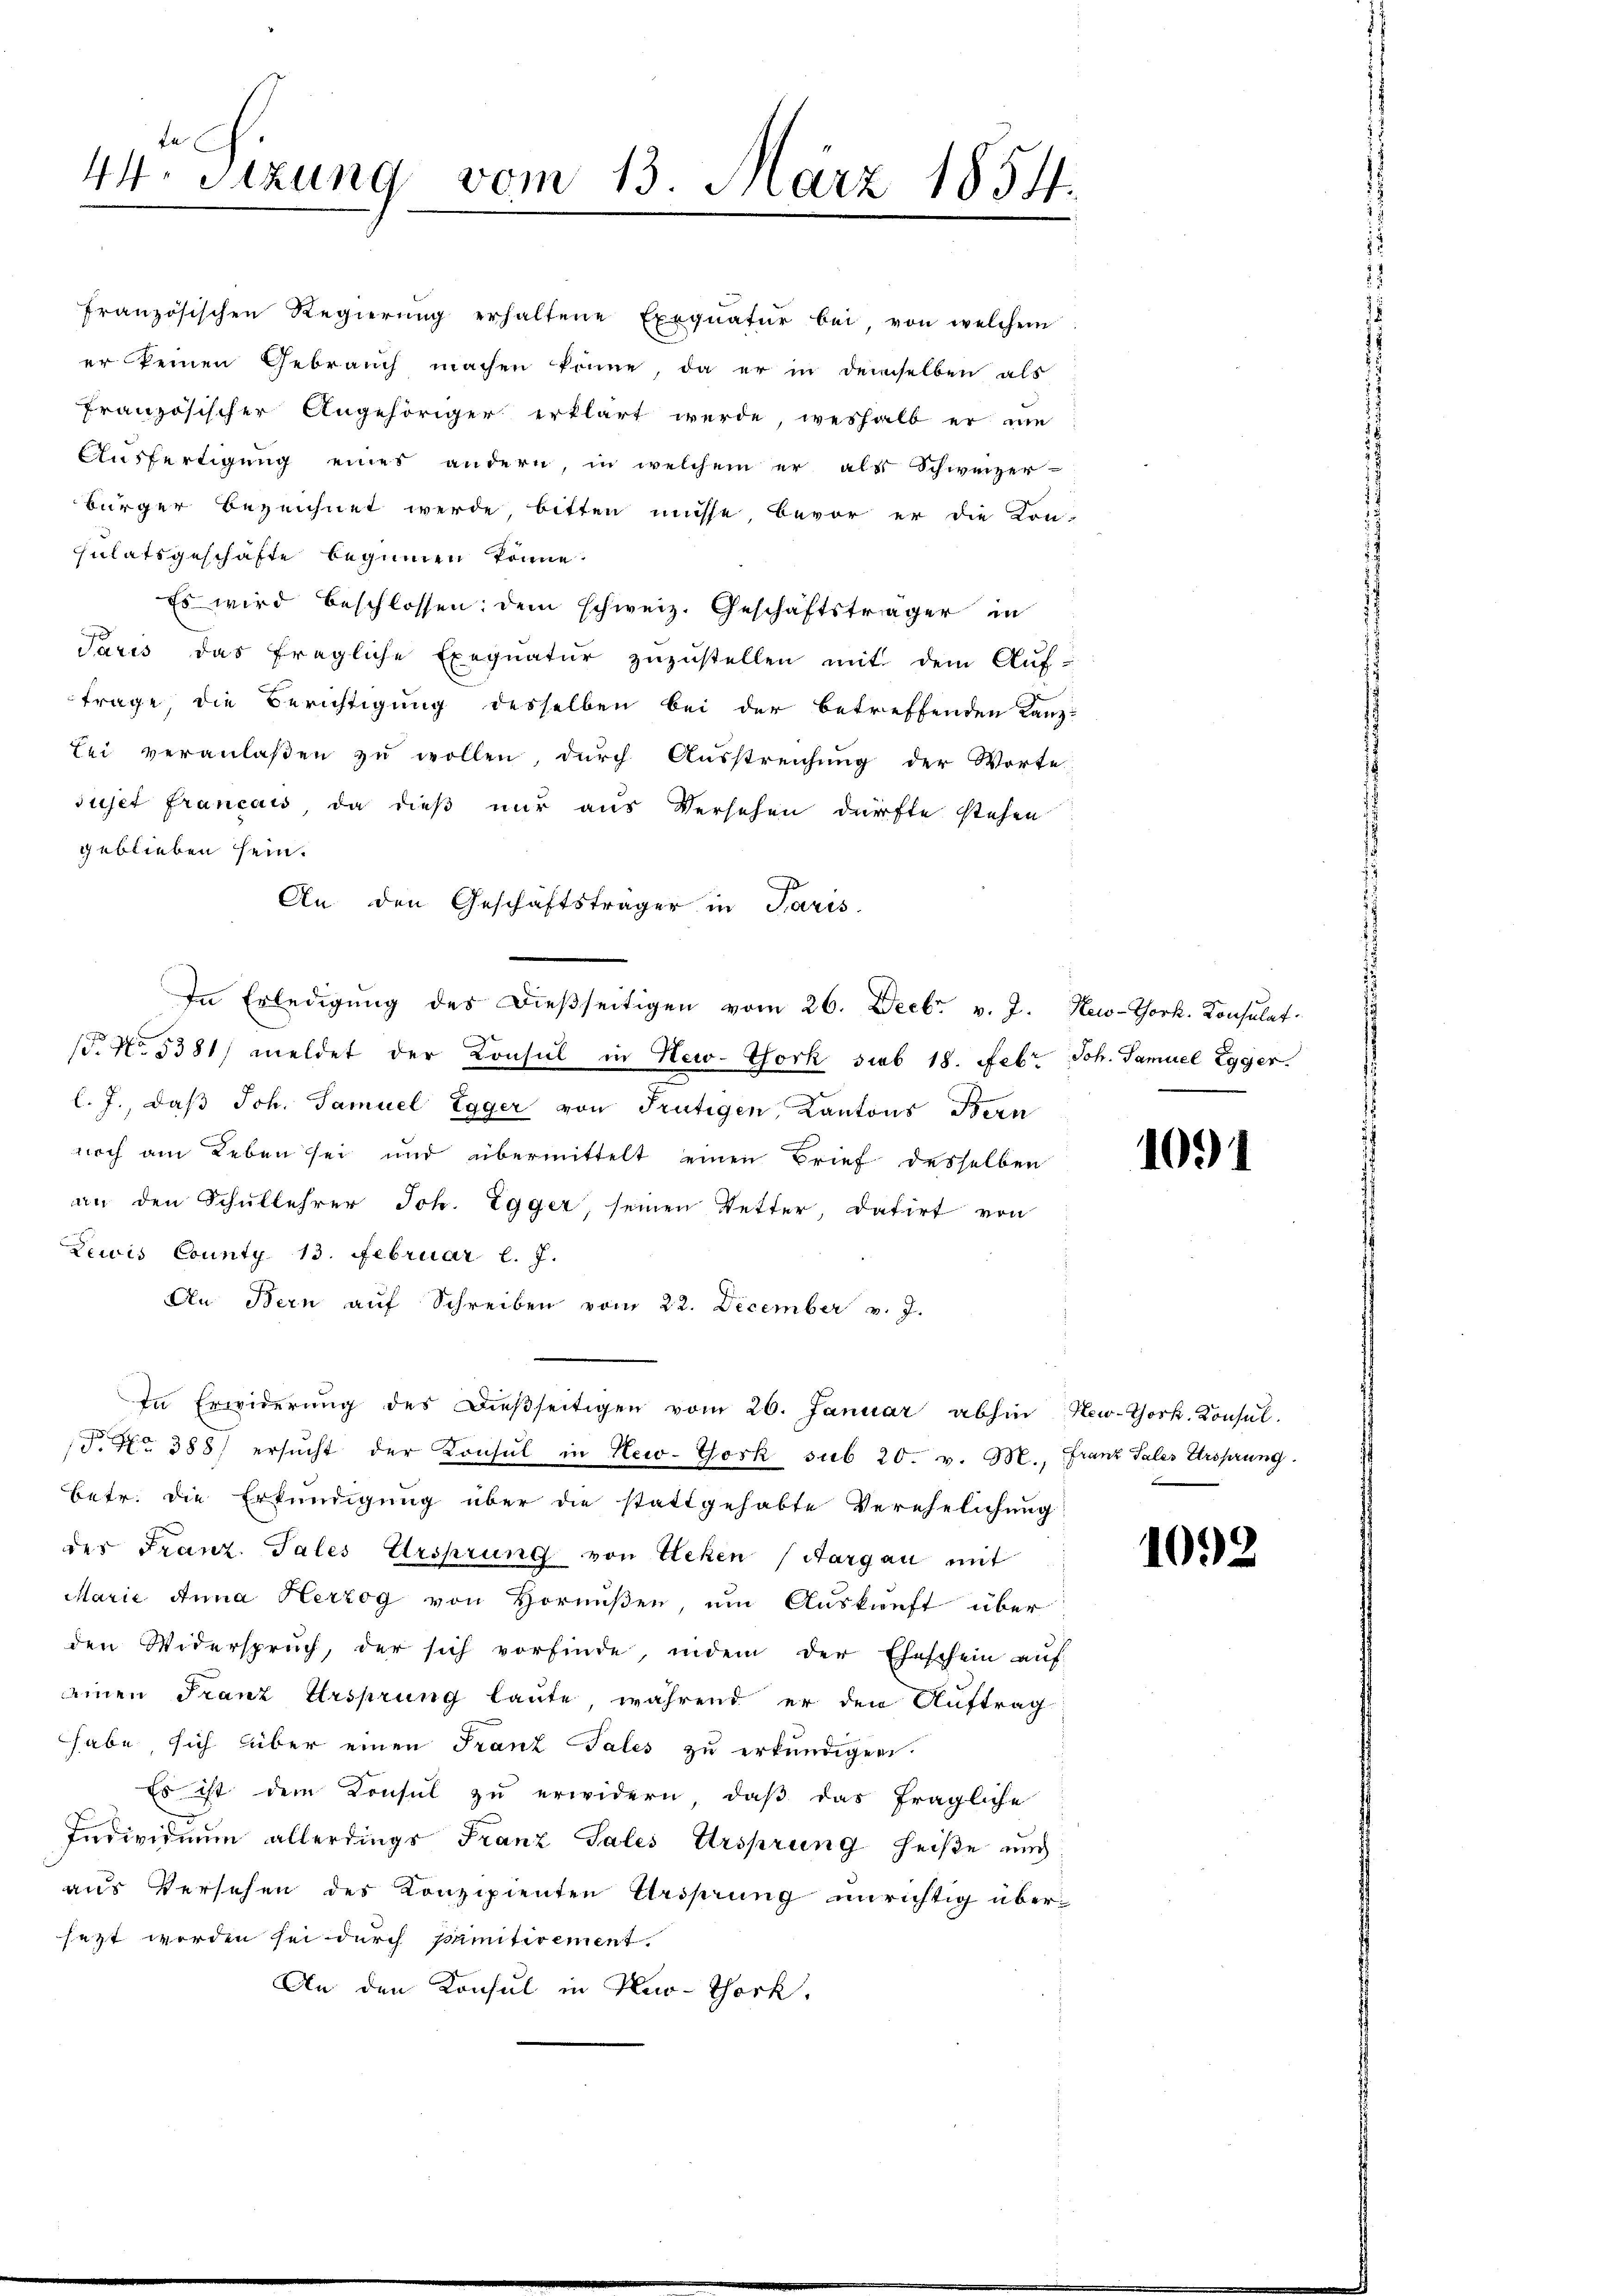
En
44. Sitzung vom 13. März 1854.

französischen Regierŭng erhaltene Exequatur bei, von welchem
er keinen Gebrauch machen könne, da er in demselben als
französischer Angehöriger erklärt werde, weshalb er nie
Ausfertigung eines andern, in welchem er als Schweizer-
bürger bezeichnet werde, bitten müsse, bevor er die Kon-
sulatsgeschäfte beginnen könne.
Es wird beschlossen; dem schweiz. Geschäftsträger in
Paris das fragliche Exequatur zuzustellen mit dem Auf-
frage, die Berichtigung desselben bei der betreffenden Kanz-
Sei veranlaßen zu wollen, durch Ausstreichung der Worte
sujet Francais, da dieß nur aus Versehen dürfte stehen
geblieben sein.
An den Geschäftsträger in Paris
In Erledigŭng des dießseitigen vom 26. Decbr. v. J. New-York. Konsulat
0
/5. No. 5381) meldet der Consul in New-York sieb 18. Febr. Joh. Samuel Egger.
l. J., daß Joh. Samuel Egger von Frutigen, Kantons Bern
noch am Leben sei und übermittelt einen Brief desselben
an den Schullehrer Joh. Egger, seinen Detter, datirt von
Zewis County 13. Februar l. J.
An Bern auf Schreiben vom 22. December v. J.
In Erwiderung des Dieβseitigen vom 26. Januar abhin New-York. Konsul-
P. Nr. 388. ersucht der Konsul in New-York sub 20. v. M., Franz Sales Ursprung.
betr. die Erkundigung über die stattgehabte Verehelichung
des Franz. Tales Ursprung von Stehen (Aargau mit
Marie Anna Herzog von Hornußen, um Auskunft über
den Widerspruch, der sich vorfinde, indem der Eheschein aŭf
einen Franz Ursprung laute, während er den Auftrag
habe, sich über einen Franz Tales zu erkundigen.
Es ist dem Konsul zu erwidern, daß das fragliche
Individuum allerdings Franz Sales Ursprung heiße und
aus Versehen des Konzipienten Ursprung unrichtig übersezt werden sei durch primitirement.
An den Konsul in Kno-Thock.

1091

1092